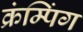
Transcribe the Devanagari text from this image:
क्रंम्पिंग